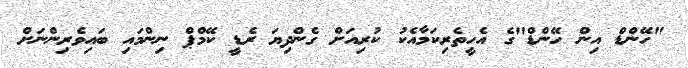
"ހޭންޑް އިން ހޭންޑް"ގެ އެހީތެރިކަމާއެކު ކުރިއަށް ގެންދިޔަ ރެޑީ ކޭމްޕް ނިންމައި ބައިވެރިންނަށް